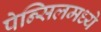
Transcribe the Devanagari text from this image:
पेन्सिलमध्ये